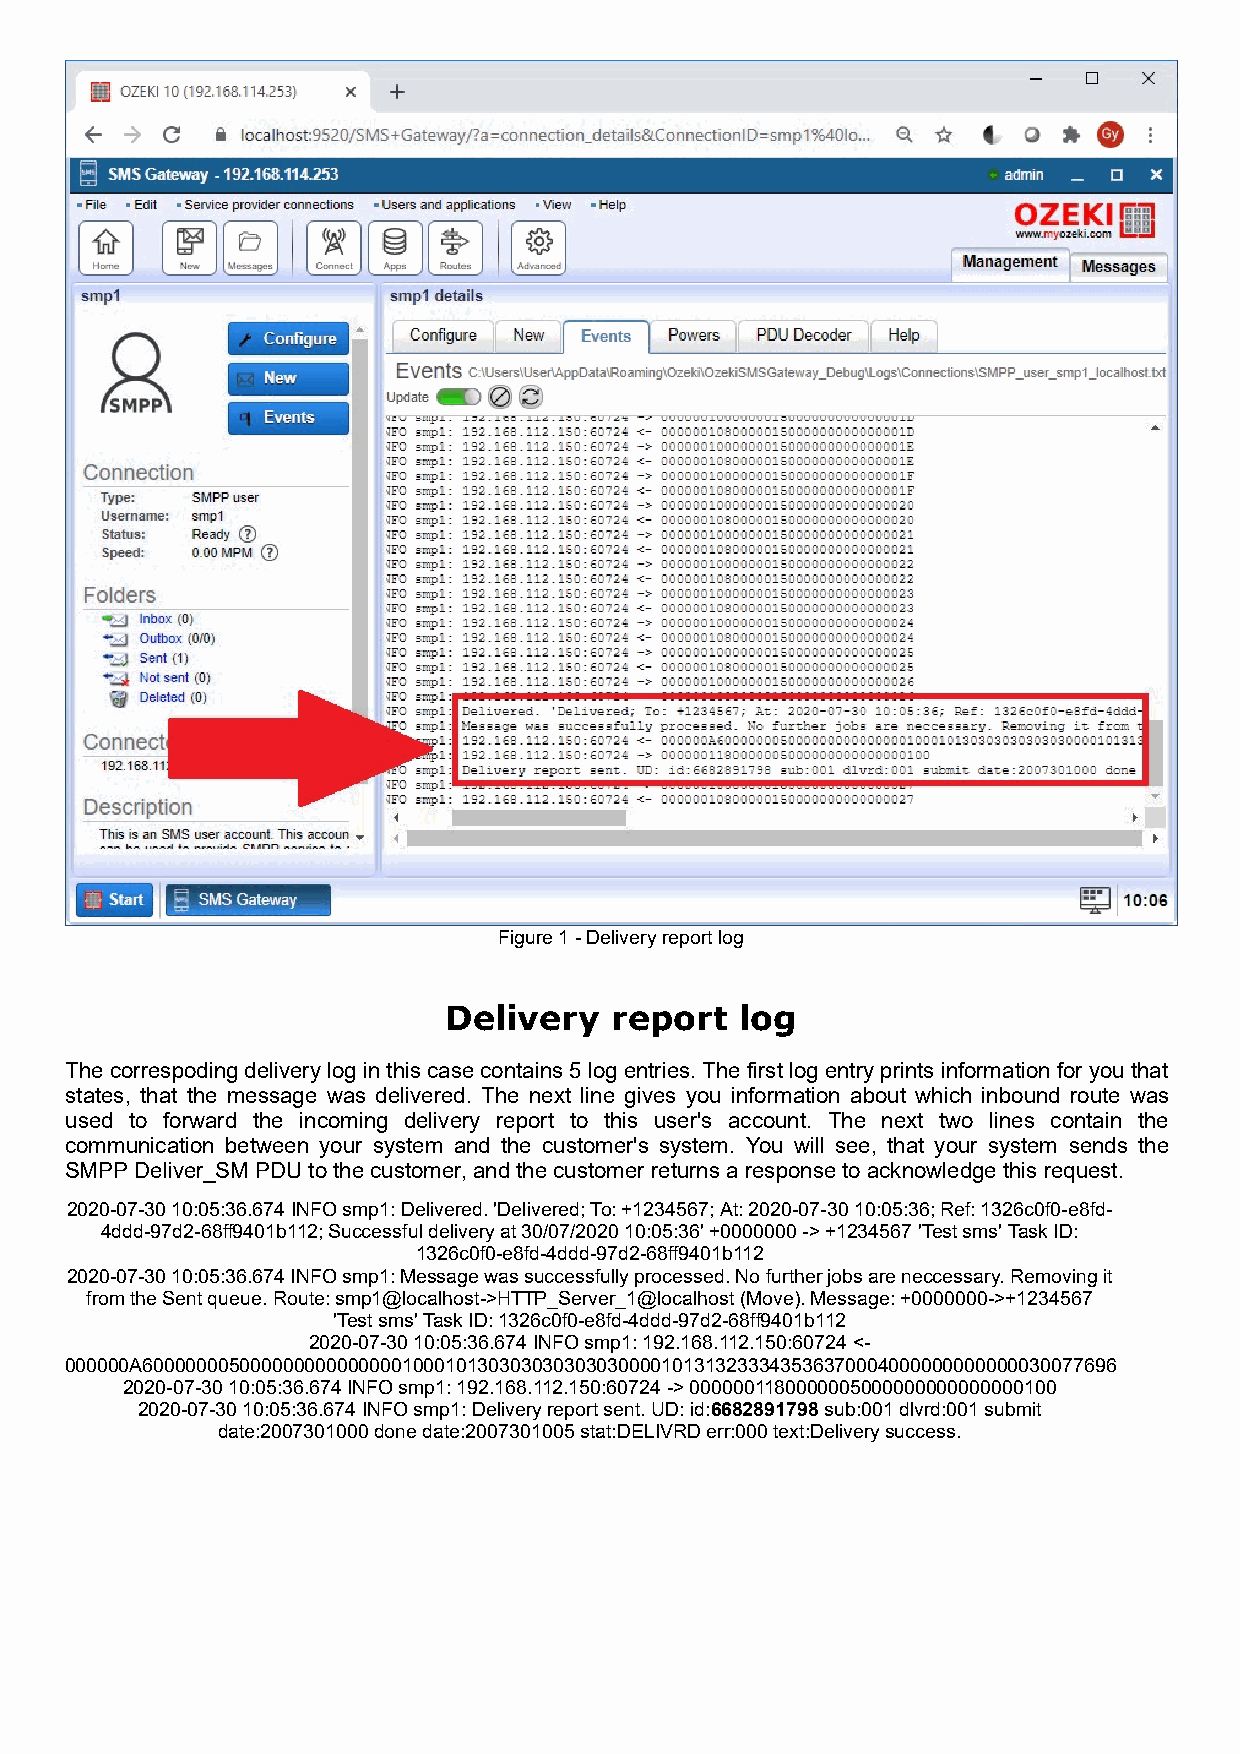
Figure 1 - Delivery report log
 Delivery   report   log
 The correspoding delivery log in this case contains 5 log entries. The first log entry prints information for you that
 states, that the message was delivered. The next line gives you information about which inbound route was
 used to forward the incoming delivery report to this user's account. The next two lines contain the
 communication between your system and the customer's system. You will see, that your system sends the
 SMPP Deliver_SM PDU to the customer, and the customer returns a response to acknowledge this request.
 2020-07-30 10:05:36.674 INFO smp1: Delivered. 'Delivered; To: +1234567; At: 2020-07-30 10:05:36; Ref: 1326c0f0-e8fd-
 4ddd-97d2-68ff9401b112; Successful delivery at 30/07/2020 10:05:36' +0000000 -> +1234567 'Test sms' Task ID:
 1326c0f0-e8fd-4ddd-97d2-68ff9401b112
 2020-07-30 10:05:36.674 INFO smp1: Message was successfully processed. No further jobs are neccessary. Removing it
 from the Sent queue. Route: smp1@localhost->HTTP_Server_1@localhost (Move). Message: +0000000->+1234567
 'Test sms' Task ID: 1326c0f0-e8fd-4ddd-97d2-68ff9401b112
 2020-07-30 10:05:36.674 INFO smp1: 192.168.112.150:60724 <-
 000000A600000005000000000000000100010130303030303030000101313233343536370004000000000000030077696
 2020-07-30 10:05:36.674 INFO smp1: 192.168.112.150:60724 -> 0000001180000005000000000000000100
 2020-07-30 10:05:36.674 INFO smp1: Delivery report sent. UD: id:6682891798 sub:001 dlvrd:001 submit
 date:2007301000 done date:2007301005 stat:DELIVRD err:000 text:Delivery success.